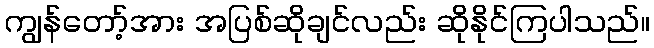
ကျွန်တော့်အား အပြစ်ဆိုချင်လည်း ဆိုနိုင်ကြပါသည်။